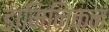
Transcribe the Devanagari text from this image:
डामिनिकन